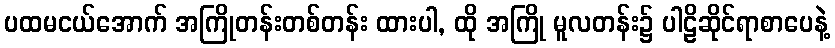
ပထမငယ်အောက် အကြိုတန်းတစ်တန်း ထားပါ, ထို အကြို မူလတန်း၌ ပါဠိဆိုင်ရာစာပေနဲ့